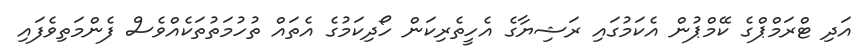
އަދި ޓްރަމްޕްގެ ކޭމްޕުން އެކަމުގައި ރަޝިޔާގެ އެހީތެރިކަން ހޯދިކަމުގެ އެތައް ތުހުމަތުތަކެއްވެސް ފެންމަތިވެފައި